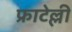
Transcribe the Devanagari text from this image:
फ्राटेल्ली